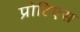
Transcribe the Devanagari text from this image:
प्रोटिएस